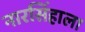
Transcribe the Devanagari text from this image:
नारसिंहाला